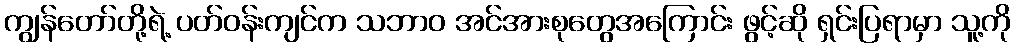
ကျွန်တော်တို့ရဲ့ ပတ်ဝန်းကျင်က သဘာဝ အင်အားစုတွေအကြောင်း ဖွင့်ဆို ရှင်းပြရာမှာ သူ့ကို